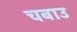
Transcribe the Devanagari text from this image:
चबाउ